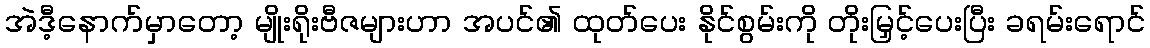
အဲဒီ့နောက်မှာတော့ မျိုးရိုးဗီဇများဟာ အပင်၏ ထုတ်ပေး နိုင်စွမ်းကို တိုးမြှင့်ပေးပြီး ခရမ်းရောင်